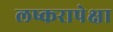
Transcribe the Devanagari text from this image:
लष्करापेक्षा